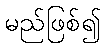
မည်ဖြစ်၍